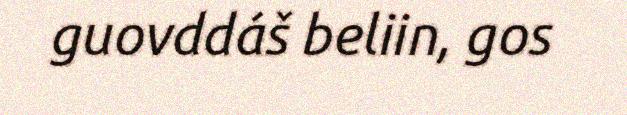
guovddáš beliin, gos